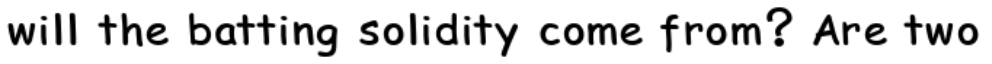
will the batting solidity come from? Are two